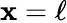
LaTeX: \mathbf{x}=\ell